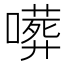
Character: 𠿺